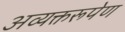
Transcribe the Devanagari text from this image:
अव्यक्तरूपेण